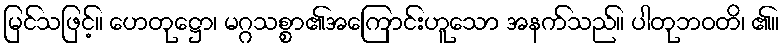
မြင်သဖြင့်။ ဟေတုဋ္ဌော၊ မဂ္ဂသစ္စာ၏အကြောင်းဟူသော အနက်သည်။ ပါတုဘဝတိ၊ ၏။